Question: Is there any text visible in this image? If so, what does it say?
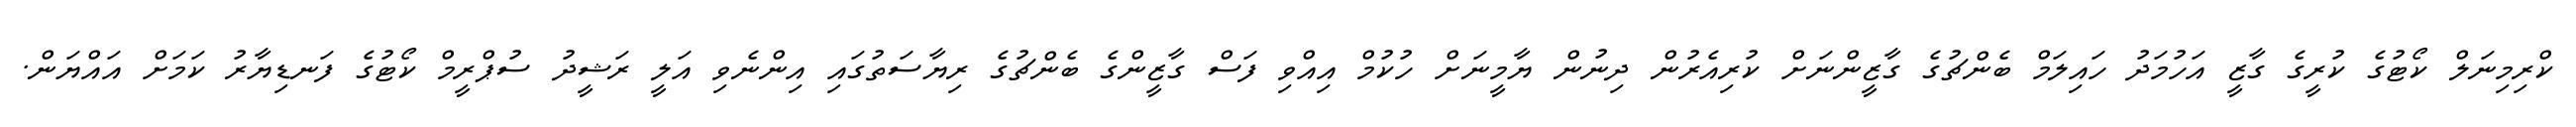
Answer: ކްރިމިނަލް ކޯޓުގެ ކުރީގެ ގާޒީ އަހުމަދު ހައިލަމް ބެންޗުގެ ގާޒީންނަށް ކުރިއެރުން ދިނުން ޔާމީނަށް ހުކުމް އިއްވި ފަސް ގާޒީންގެ ބެންޗުގެ ރިޔާސަތުގައި އިންނެވި އަލީ ރަޝީދު ސުޕްރީމް ކޯޓުގެ ފަނޑިޔާރު ކަމަށް އައްޔަން.